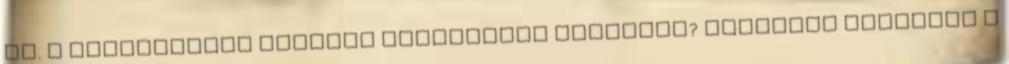
pl. I acélgerenda esetleg valamilyen méretben? Köszönöm válaszát A